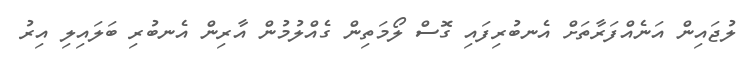
ލުޖައިން އަނެއްފަރާތަށް އެނބުރިފައި ގޮސް ލޯމަތިން ގެއްލުމުން އާރިން އެނބުރި ބަލައިލި އިރު